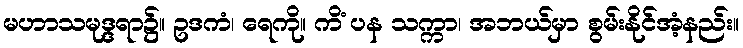
မဟာသမုဒ္ဒရာ၌။ ဥဒကံ၊ ရေကို။ ကိံ ပန သက္ကာ၊ အဘယ်မှာ စွမ်းနိုင်အံ့နည်း။